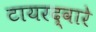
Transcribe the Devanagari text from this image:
टायरद्वारे